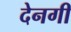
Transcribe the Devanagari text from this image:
देनगी